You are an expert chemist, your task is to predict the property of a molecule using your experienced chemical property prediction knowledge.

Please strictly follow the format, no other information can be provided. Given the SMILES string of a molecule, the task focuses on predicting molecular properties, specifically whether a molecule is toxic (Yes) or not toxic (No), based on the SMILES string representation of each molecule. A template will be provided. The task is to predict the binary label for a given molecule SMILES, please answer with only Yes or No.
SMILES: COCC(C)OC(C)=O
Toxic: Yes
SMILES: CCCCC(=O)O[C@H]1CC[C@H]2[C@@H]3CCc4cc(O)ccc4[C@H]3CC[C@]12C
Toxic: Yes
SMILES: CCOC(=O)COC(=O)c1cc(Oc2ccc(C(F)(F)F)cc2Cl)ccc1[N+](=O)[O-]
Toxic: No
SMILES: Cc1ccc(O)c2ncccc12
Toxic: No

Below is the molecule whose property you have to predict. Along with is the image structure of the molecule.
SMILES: CCCCCCCCCCCC
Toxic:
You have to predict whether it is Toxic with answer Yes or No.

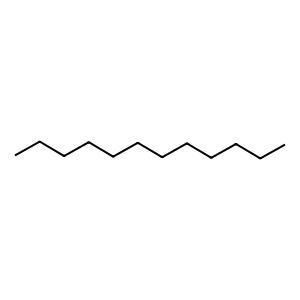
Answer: No